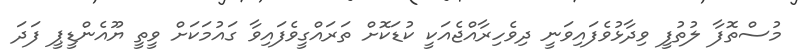
މުސްތޮފާ ލުތުފީ ވިދާޅުވެފައިވަނީ ދިވެހިރާއްޖެއަކީ ކުޑަކޮށް ތަރައްގީވެފައިވާ ގައުމަކަށް ވީތީ ޔޫއެންޑީޕީ ފަދަ